Indian journal of veterinary science and animal husbandry - Volumes 24-25, 1954-1955
Year: 1954
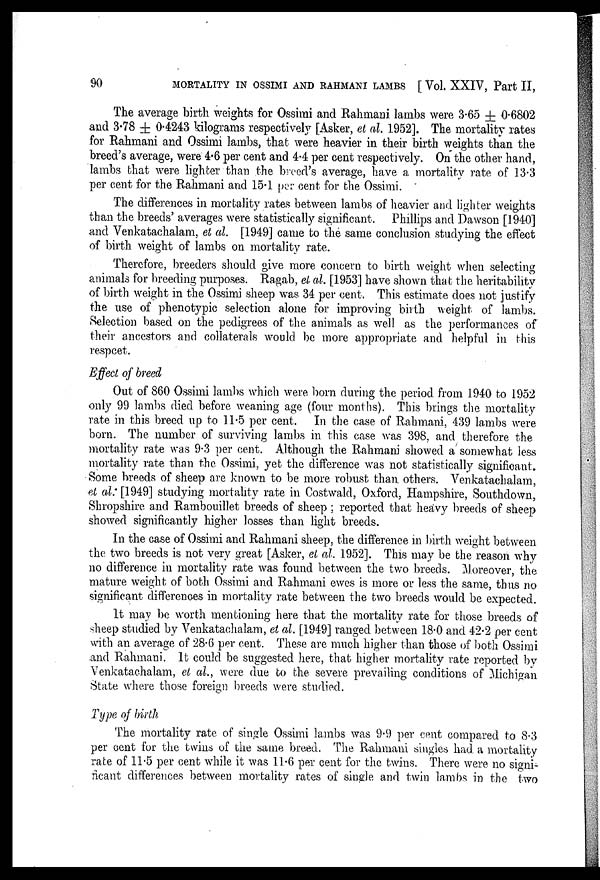
90
MORTALITY IN OSSIMI AND RAHMANI LAMBS [ Vol. XXIV, Part II,
The average birth weights for Ossimi and Rahmani lambs were 3.65 ± 0.6802
and 3.78 ± 0.4243 kilograms respectively [Asker, et al. 1952]. The mortality rates
for Rahmani and Ossimi lambs, that were heavier in their birth weights than the
breed's average, were 4.6 per cent and 4.4 per cent respectively. On the other hand,
lambs that were lighter than the breed's average, have a mortality rate of 13.3
per cent for the Rahmani and 15.1 per cent for the Ossimi.
The differences in mortality rates between lambs of heavier and lighter weights
than the breeds' averages were statistically significant. Phillips and Dawson [1940]
and Venkatachalam, el al. [1949] came to the same conclusion studying the effect
of birth weight of lambs on mortality rate.
Therefore, breeders should give more concern to birth weight when selecting
animals for breeding purposes. Ragab, et al. [1953] have shown that the heritability
of birth weight in the Ossimi sheep was 34 per cent. This estimate does not justify
the use of phenotypic selection alone for improving birth weight of lambs.
Selection based on the pedigrees of the animals as well as the performances of
their ancestors and collaterals would be more appropriate and helpful in this
respcet.
Effect of breed
Out of 860 Ossimi lambs which were born during the period from 1940 to 1952
only 99 lambs died before weaning age (four months). This brings the mortality
rate in this breed up to 11.5 per cent. In the case of Rahmani, 439 lambs were
born. The number of surviving lambs in this case was 398, and therefore the
mortality rate was 9.3 per cent. Although the Rahmani showed a somewhat less
mortality rate than the Ossimi, yet the difference was not statistically significant.
Some breeds of sheep are known to be more robust than others. Venkatachalam,
et al: [1949] studying mortality rate in Costwald, Oxford, Hampshire, Southdown,
Shropshire and Rambouillet breeds of sheep ; reported that heavy breeds of sheep
showed significantly higher losses than light breeds.
In the case of Ossimi and Rahmani sheep, the difference in birth weight between
the two breeds is not very great [Asker, et al. 1952]. This may be the reason why
no difference in mortality rate was found between the two breeds. Moreover, the
mature weight of both Ossimi and Rahmani ewes is more or less the same, thus no
significant differences in mortality rate between the two breeds would be expected.
It may be worth mentioning here that the mortality rate for those breeds of
sheep studied by Venkatachalam, et al. [1949] ranged between 18.0 and 42.2 per cent
with an average of 28.6 per cent. These are much higher than those of both Ossimi
and Rahmani. It could be suggested here, that higher mortality rate reported by
Venkatachalam, et al., were due to the severe prevailing conditions of Michigan
State where those foreign breeds were studied.
Type of birth
The mortality rate of single Ossimi lambs was 9.9 per cent compared to 8.3
per cent for the twins of the same breed. The Rahmani singles had. a mortality
rate of 11.5 per cent while it was 11.6 per cent for the twins. There were no signi-
ficant differences between mortality rates of single and twin lambs in the two